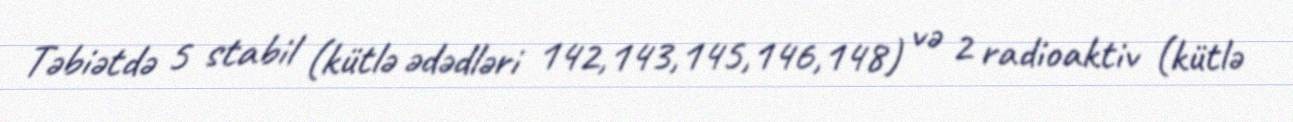
Təbiətdə 5 stabil (kütlə ədədləri 142,143,145,146,148) və 2 radioaktiv (kütlə